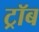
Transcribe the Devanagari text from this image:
ट्रॉब